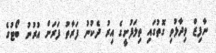
ނާފިޒް ވިދާޅުވި ގޮތުގައި ތިލަފުށީގެ އިރު ދެކުނު ފަރާތު ފަރަށް އުރުނު ބޯޓުގެ